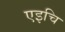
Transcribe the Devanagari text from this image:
एइचि